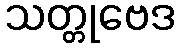
သတ္တုဗေဒ